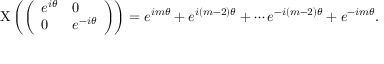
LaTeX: \mathrm { X } \left( { \left( \begin{array} { l l } { e ^ { i \theta } } & { 0 } \\ { 0 } & { e ^ { - i \theta } } \end{array} \right) } \right) = e ^ { i m \theta } + e ^ { i ( m - 2 ) \theta } + \cdots e ^ { - i ( m - 2 ) \theta } + e ^ { - i m \theta } .